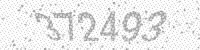
Solution: 372493